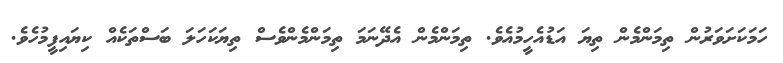
ހަމަކަށަވަރުން ތިމަންމެން ތިޔަ އަޑުއެހީމުއެވެ. ތިމަންމެން އެދޭނަމަ ތިމަންމެންވެސް ތިޔަކަހަލަ ބަސްތަކެއް ކިޔައިފީމުހެވެ.